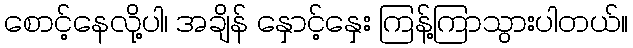
စောင့်နေလို့ပါ၊ အချိန် နှောင့်နှေး ကြန့်ကြာသွားပါတယ်။